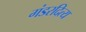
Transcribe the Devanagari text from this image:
गंडरदित्य